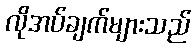
လိုအပ်ချက်များသည်